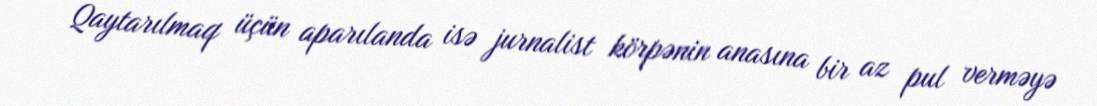
Qaytarılmaq üçün aparılanda isə jurnalist körpənin anasına bir az pul verməyə